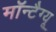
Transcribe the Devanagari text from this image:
मॉन्टैग्यू